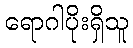
ရောဂါပိုးရှိသူ